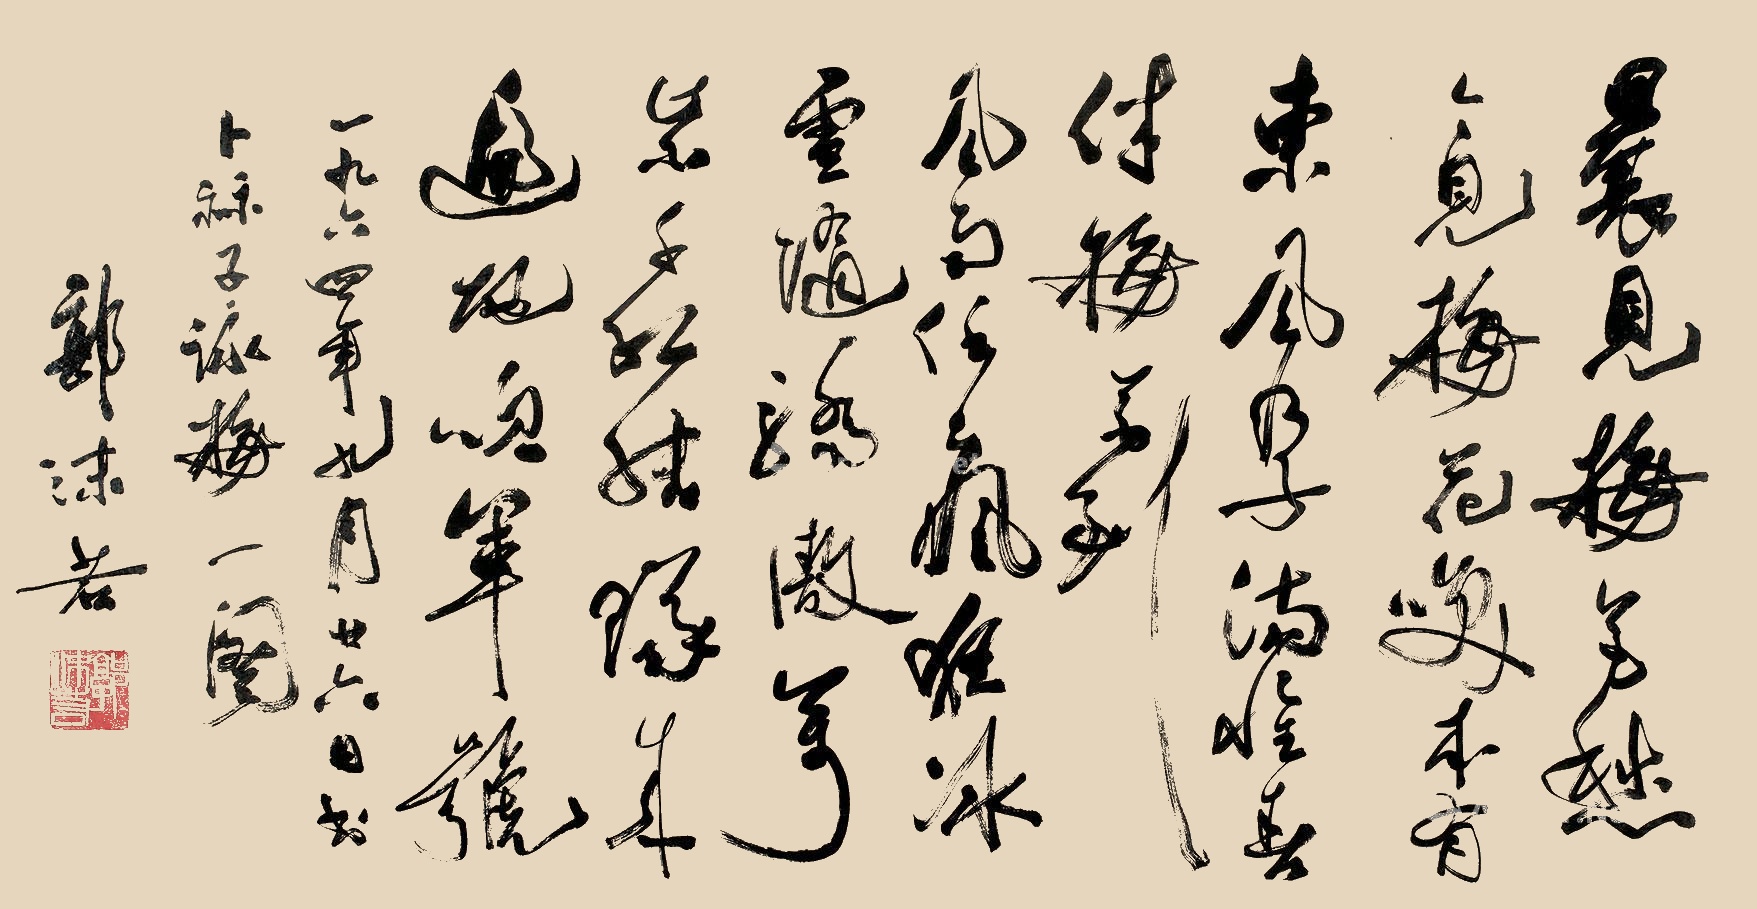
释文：晨见梅花愁，今见梅花笑。本有东风孕满怀，春伴梅花到。风雨任疯狂，冰雪随骄傲。万紫千红结队来，遍地吹军号。一九六四年九月廿六日书卜算子咏梅一阙，郭沫若。